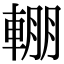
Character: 輣